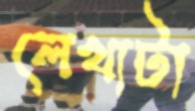
লেখাটা